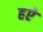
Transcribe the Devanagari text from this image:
हऐ